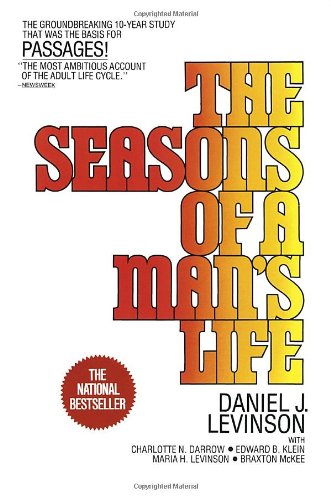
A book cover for The Seasons of a Man's Life; Daniel J. Levinson; Health, Fitness & Dieting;